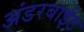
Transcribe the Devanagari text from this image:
अंडरबाईट